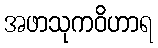
အဖာသုကဝိဟာရ